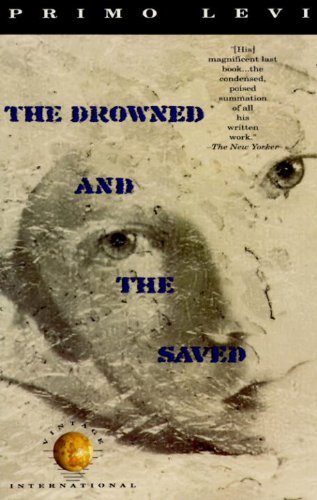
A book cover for The Drowned and the Saved; Primo Levi; History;